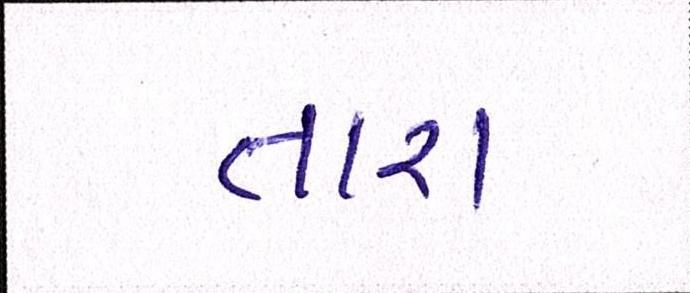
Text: તારા